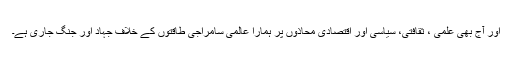
اور آج بھی علمی ، ثقافتی، سیاسی اور اقتصادی محاذوں پر ہمارا عالمی سامراجی طاقتوں کے خلاف جہاد اور جنگ جاری ہے۔